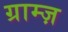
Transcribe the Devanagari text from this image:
ग्राम्ज़